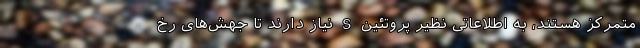
متمرکز هستند، به اطلاعاتی نظیر پروتئین S نیاز دارند تا جهش‌های رخ